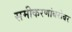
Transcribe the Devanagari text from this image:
समीकरणांबरोबर